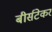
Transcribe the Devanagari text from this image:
बीर्सटेकर